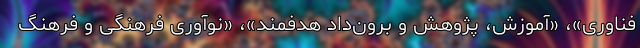
فناوری»، «آموزش، پژوهش و برون‌داد هدفمند»، «نوآوری فرهنگی و فرهنگ